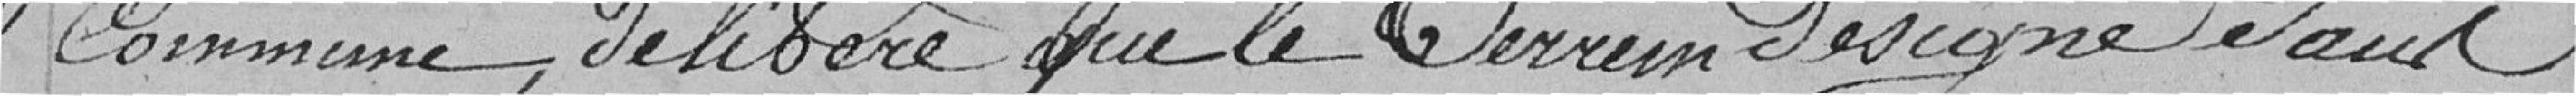
Commune, délibère que le Terrain désigné étant